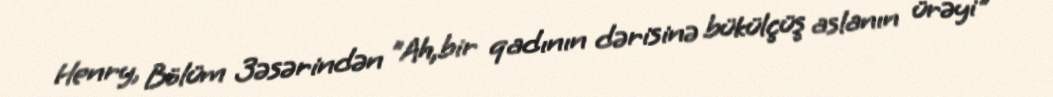
Henry, Bölüm 3əsərindən "Ah,bir qadının dərisinə bükülçüş aslanın ürəyi"